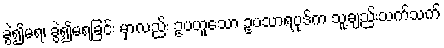
ခွဲ၍မရ၊ ခွဲ၍မရခြင်း မှာလည်း ဥပဟူသော ဥပသာရပုဒ်က သူ့ချည်းသက်သက်